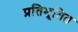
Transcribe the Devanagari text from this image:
प्रतिभूतित